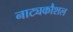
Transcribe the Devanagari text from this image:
नाट्यकौशल